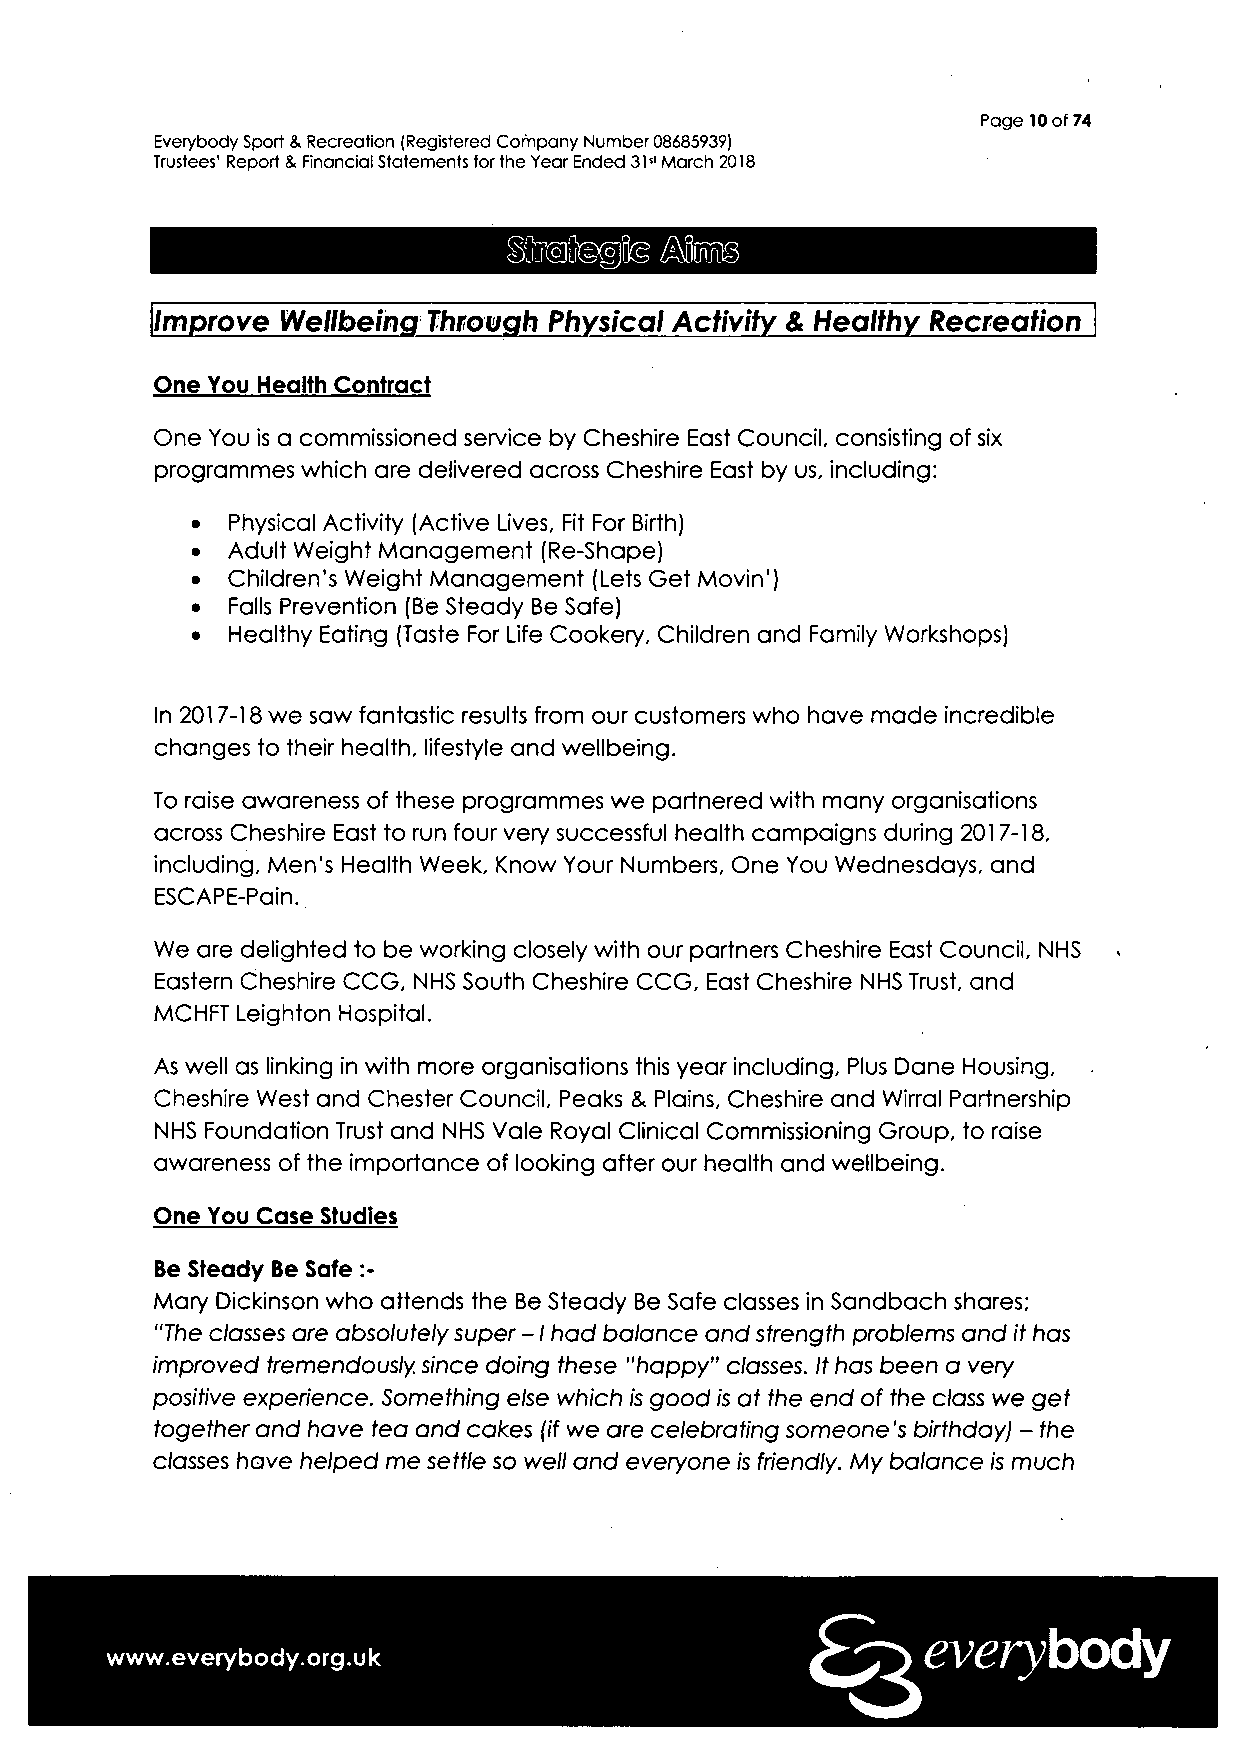
Page 10 of 74
 Everybody Sport & Recreation (Registered Cornpany Number 08685939)
 Trustees' Report & Financial Statements tor the Year Ended 31st March 2018
 Improve  Wellbeing Through Physical Activity & Healthy Recreation
 One You Health Contract
 One You is a commissioned service by Cheshire East Council, consisting of six
 programmes which are delivered across Cheshire East by us, including:
 • Physical Activity (Active Lives, Fit For Birth)
 • Adult Weight Management (Re-Shape)
 • Children's Weight Management (Lets Get Movin')
 • Falls Prevention (Be Steady Be Safe)
 • Healthy Eating (Taste For Life Cookery, Children and Family Workshops)
 In 2017-18 we saw fantastic results from our customers who have made incredible
 changes to their health, lifestyle and wellbeing.
 To raise awareness of these programmes we partnered with many organisations
 across Cheshire East to run four very successful health campaigns during 2017-18,
 including. Men's Health Week, Know Your Numbers, One You Wednesdays, and
 ESCAPE-Pain.
 We are delighted to be working closely with our partners Cheshire East Council, NHS
 Eastern Cheshire CCG, NHS South Cheshire CCG, East Cheshire NHS Trust, and
 MCH FT Leighton Hospital.
 As well as linking in with more organisations this year including, Plus Dane Housing,
 Cheshire West and Chester Council, Peaks & Plains, Cheshire and Wirral Partnership
 NHS Foundation Trust and NHS Vale Royal Clinical Commissioning Group, to raise
 awareness of the importance of looking after our health and wellbeing.
 One You Case Studies
 Be Steady Be Safe :-
 Mary Dickinson who attends the Be Steady Be Safe classes in Sandbach shares;
 "The classes are absolutely super -1 had balance and strength problems and it has
 improved tremendously, since doing these "happy" classes. It has been a very-
 positive expenence. Something else which is good is at the end of the class we get
 together and have tea and cakes (if we are celebrating someone's birthday) - the
 classes have helped me settle so well and everyone is friendly. My balance is much
 everybody
 www.everybody.org.uk